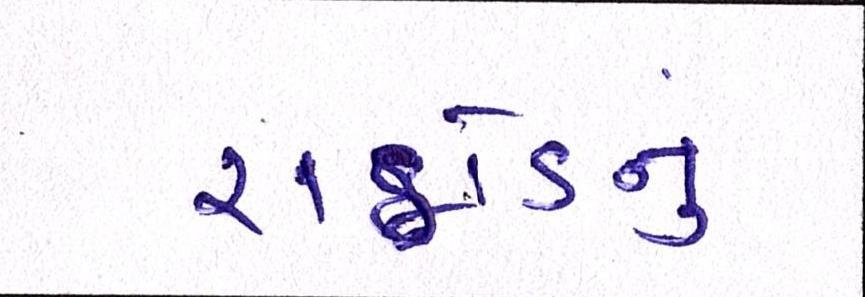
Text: રાઠોડનું